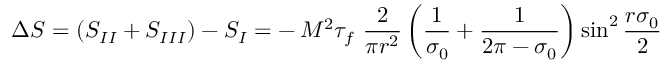
\Delta S = ( S _ { I I } + S _ { I I I } ) - S _ { I } = - \, M ^ { 2 } \tau _ { f } ~ \frac { 2 } { \pi r ^ { 2 } } \left( \frac { 1 } { \sigma _ { 0 } } + \frac { 1 } { 2 \pi - \sigma _ { 0 } } \right) { \sin } ^ { 2 } \, \frac { r \sigma _ { 0 } } { 2 }